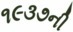
૧૯૩૭ની